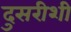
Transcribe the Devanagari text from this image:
दुसरीशी